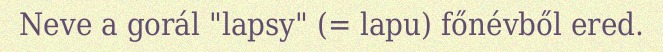
Neve a gorál "lapsy" (= lapu) főnévből ered.